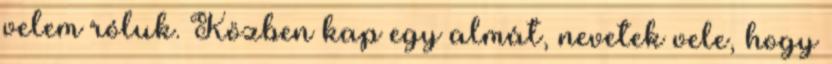
velem róluk. Közben kap egy almát, nevetek vele, hogy